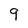
Character: 9